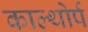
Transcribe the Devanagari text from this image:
काल्थोर्प